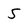
Character: 5